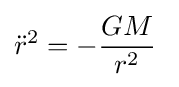
{\ddot {r}}^{2}=-{\frac {GM}{r^{2}}}~